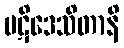
ပဋိဒေသိတာနိ